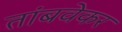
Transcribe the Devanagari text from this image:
तांबवेकर